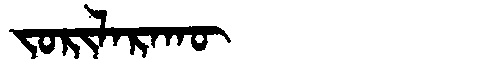
Manchu: ᠵᠣᡵᡳᠯᠠᡵᠠᡴᡡ
Romanization: JORILARAKŪ